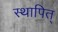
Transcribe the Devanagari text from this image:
स्थापित्